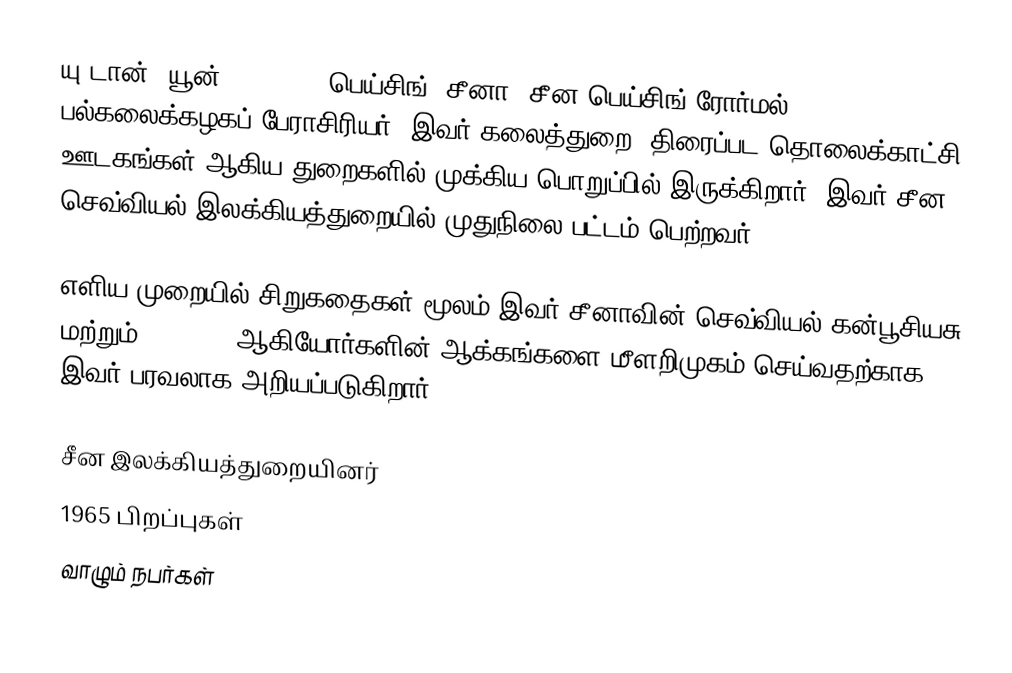
யு டான் (யூன் 29, 1965; பெய்சிங், சீனா) சீன பெய்சிங் ரோர்மல் பல்கலைக்கழகப் பேராசிரியர். இவர் கலைத்துறை, திரைப்பட தொலைக்காட்சி ஊடகங்கள் ஆகிய துறைகளில் முக்கிய பொறுப்பில் இருக்கிறார். இவர் சீன செவ்வியல் இலக்கியத்துறையில் முதுநிலை பட்டம் பெற்றவர்.

எளிய முறையில் சிறுகதைகள் மூலம் இவர் சீனாவின் செவ்வியல் கன்பூசியசு மற்றும் Zhuangzi ஆகியோர்களின் ஆக்கங்களை மீளறிமுகம் செய்வதற்காக இவர் பரவலாக அறியப்படுகிறார்.

சீன இலக்கியத்துறையினர்
1965 பிறப்புகள்
வாழும் நபர்கள்